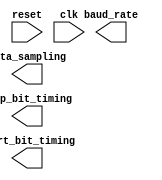
module timing_control (
    input wire reset,
    input wire clk,
    output reg baud_rate,
    output reg start_bit_timing,
    output reg stop_bit_timing,
    output reg data_sampling
);

// Implementation of timing control block goes here

endmodule